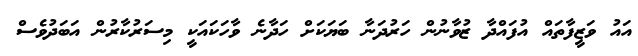
އައު ވަޒީފާތައް އުފައްދާ ޒުވާނުން ހަރުދަނާ ބަޔަކަށް ހަދާނެ ވާހަކައަކީ މިސަރުކާރުން އަބަދުވެސް